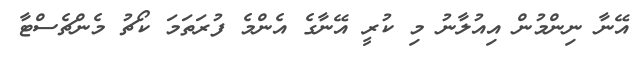
އޭނާ ނިންމުން އިއުލާނު މި ކުރީ އޭނާގެ އެންމެ ފުރަތަމަ ކޯޗު މެންޗެސްޓާ